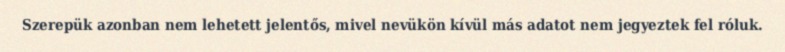
Szerepük azonban nem lehetett jelentős, mivel nevükön kívül más adatot nem jegyeztek fel róluk.